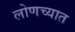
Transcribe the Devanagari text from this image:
लोणच्यात